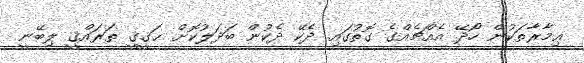
ޢިމާރާތަކުން ހޯދޭ އެއްޗެއްގެ ގޮތުގައި ދެކޭ ދެކުން ބަދަލުކޮށް ޙަޤީޤީ ތަރައްޤީ ލިބޭނީ